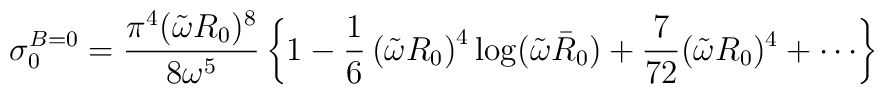
\sigma_0^{B=0} = {{\pi^4 (\tilde \omega R_0)^8 } \over { 8 \omega^5 } }  \left \{  1 - { 1\over 6} \left ( \tilde \omega R_0 \right )^4        \log (\tilde \omega \bar R_0 ) +       { 7 \over 72} (\tilde \omega R_0)^4 + \cdots   \right \}